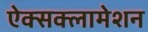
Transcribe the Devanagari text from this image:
ऐक्सक्लामेशन